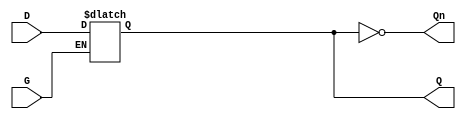
module gated_d_latch (
    input  wire D,   // Data input
    input  wire G,   // Gate (enable) input
    output reg  Q,   // Output
    output wire Qn   // Complementary output
);

    // Assign the complementary output
    assign Qn = ~Q;

    always @ (G or D) begin
        if (G) begin
            Q <= D;  // When G is high, Q follows D
        end
        // When G is low, Q retains its previous state
    end

endmodule